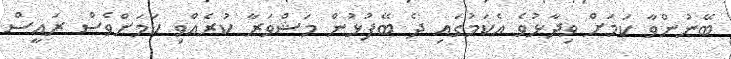
ބޭނުންވާ ކަމަށް ވިދާޅުވެ އެކަމުގައި ދެ ބޭފުޅުން މަޝްވަރާ ކުރެއްވި ކަމަށްވެސް ރައީސް